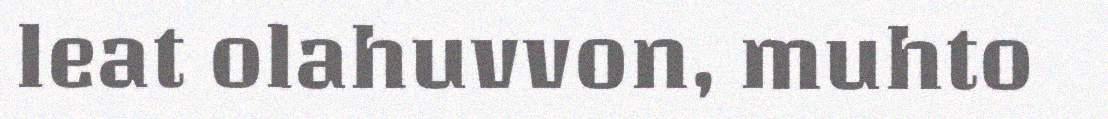
leat olahuvvon, muhto